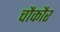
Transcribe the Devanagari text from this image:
चौकौर